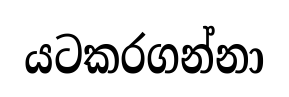
යටකරගන්නා